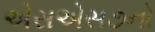
એસએસ૭નો